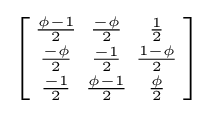
\left[{\begin{smallmatrix}{\frac {\phi -1}{2}}&{\frac {-\phi }{2}}&{\frac {1}{2}}\\{\frac {-\phi }{2}}&{\frac {-1}{2}}&{\frac {1-\phi }{2}}\\{\frac {-1}{2}}&{\frac {\phi -1}{2}}&{\frac {\phi }{2}}\end{smallmatrix}}\right]